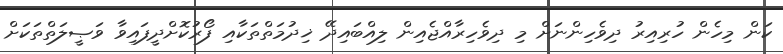
ކަން މިހެން ހުރިއިރު ދިވެހިންނަށް މި ދިވެހިރާއްޖެއިން ލިއްބައިދޭ ޚިދުމަތްތަކާއި ފޯރުކޮށްދީފައިވާ ވަޞީލަތްތަކަށް